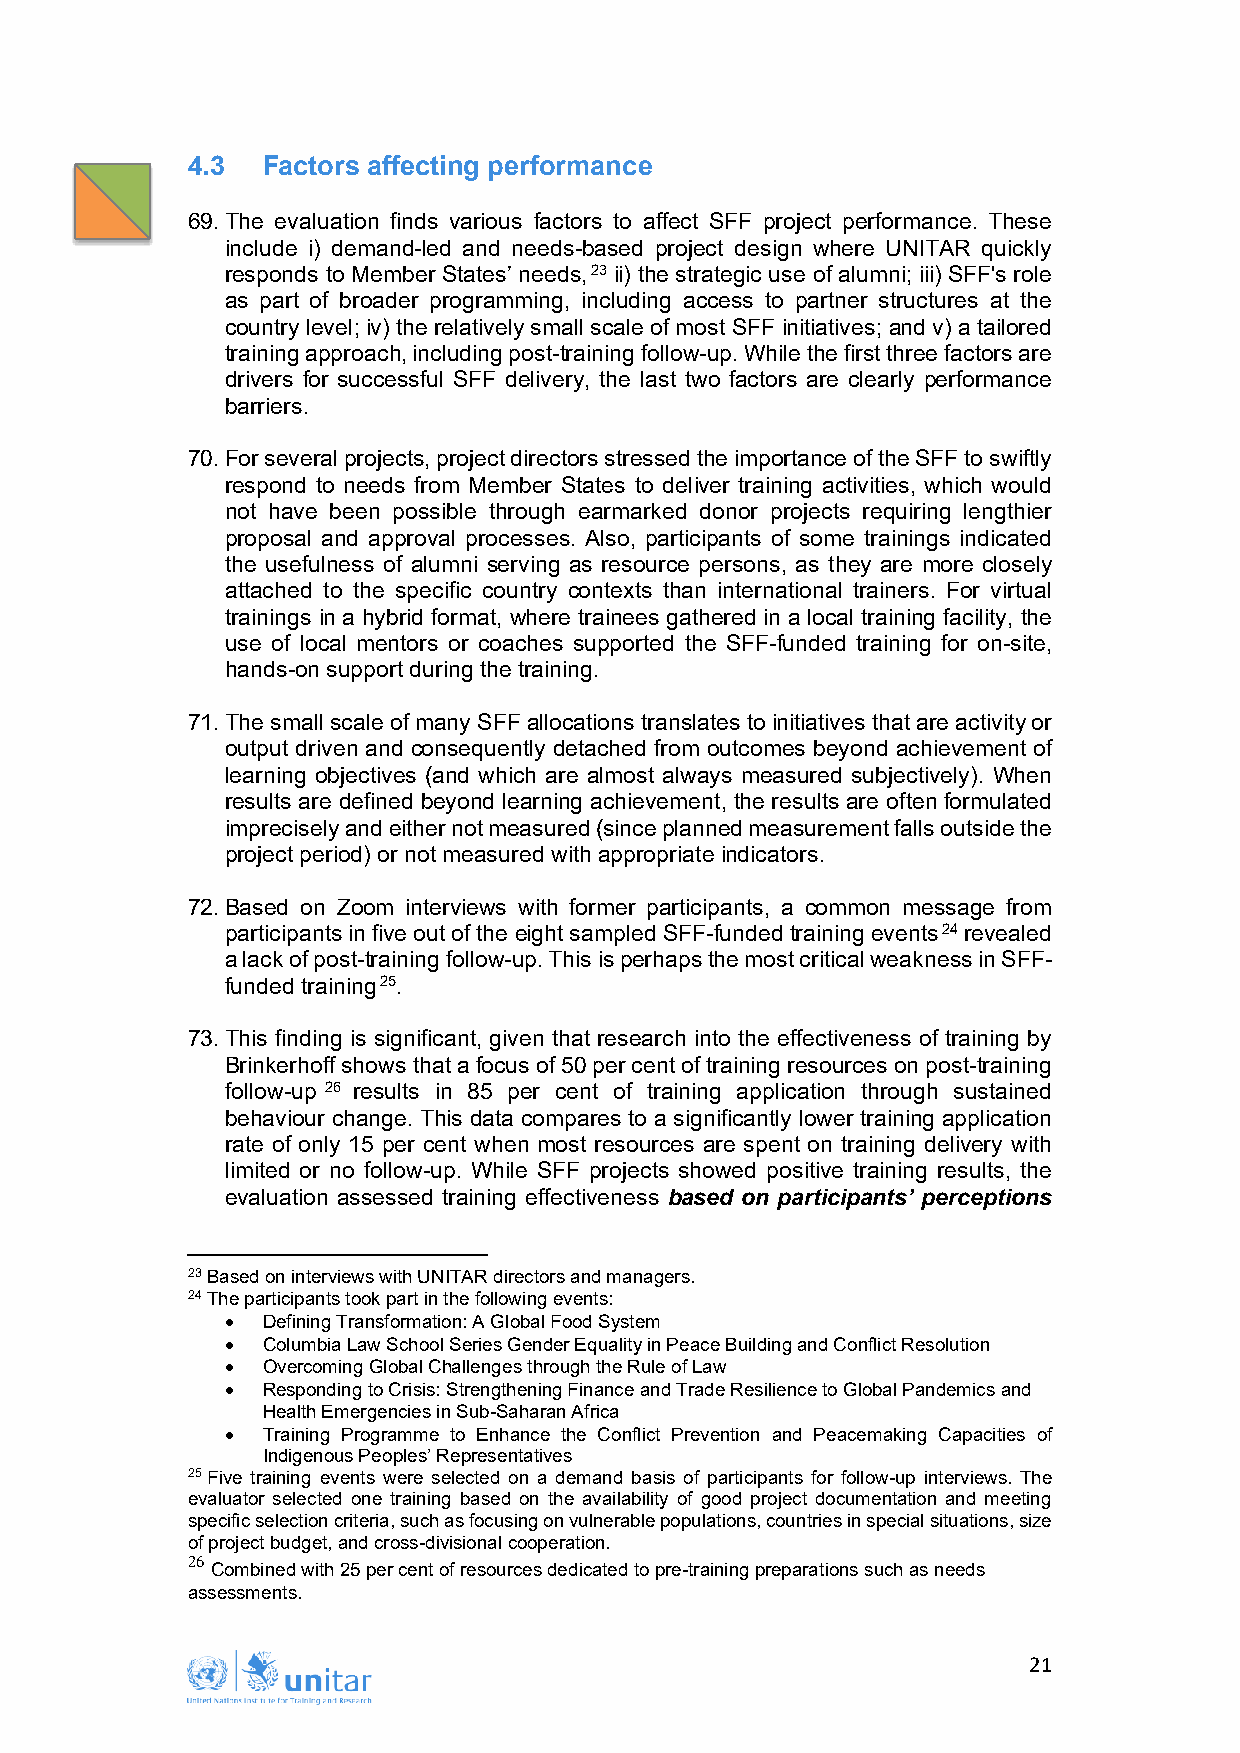
4.3  Factors affecting performance
 69. The evaluation finds various factors to affect SFF project performance. These
 include i) demand-led and needs-based project design where UNITAR quickly
 responds to Member States’ needs,23 ii) the strategic use of alumni; iii) SFF's role
 as part of broader programming, including access to partner structures at the
 country level; iv) the relatively small scale of most SFF initiatives; and v) a tailored
 training approach, including post-training follow-up. While the first three factors are
 drivers for successful SFF delivery, the last two factors are clearly performance
 barriers.
 70. For several projects, project directors stressed the importance of the SFF to swiftly
 respond to needs from Member States to deliver training activities, which would
 not have been possible through earmarked donor projects requiring lengthier
 proposal and approval processes. Also, participants of some trainings indicated
 the usefulness of alumni serving as resource persons, as they are more closely
 attached to the specific country contexts than international trainers. For virtual
 trainings in a hybrid format, where trainees gathered in a local training facility, the
 use of local mentors or coaches supported the SFF-funded training for on-site,
 hands-on support during the training.
 71. The small scale of many SFF allocations translates to initiatives that are activity or
 output driven and consequently detached from outcomes beyond achievement of
 learning objectives (and which are almost always measured subjectively). When
 results are defined beyond learning achievement, the results are often formulated
 imprecisely and either not measured (since planned measurement falls outside the
 project period) or not measured with appropriate indicators.
 72. Based on Zoom interviews with former participants, a common message from
 participants in five out of the eight sampled SFF-funded training events24 revealed
 a lack of post-training follow-up. This is perhaps the most critical weakness in SFF-
 funded training25.
 73. This finding is significant, given that research into the effectiveness of training by
 Brinkerhoff shows that a focus of 50 per cent of training resources on post-training
 follow-up 26 results in 85 per cent of training application through sustained
 behaviour change. This data compares to a significantly lower training application
 rate of only 15 per cent when most resources are spent on training delivery with
 limited or no follow-up. While SFF projects showed positive training results, the
 evaluation assessed training effectiveness based on participants’ perceptions
 23 Based on interviews with UNITAR directors and managers.
 24 The participants took part in the following events:
 • Defining Transformation: A Global Food System
 • Columbia Law School Series Gender Equality in Peace Building and Conflict Resolution
 • Overcoming Global Challenges through the Rule of Law
 • Responding to Crisis: Strengthening Finance and Trade Resilience to Global Pandemics and
 Health Emergencies in Sub-Saharan Africa
 • Training Programme to Enhance the Conflict Prevention and Peacemaking Capacities of
 Indigenous Peoples’ Representatives
 25 Five training events were selected on a demand basis of participants for follow-up interviews. The
 evaluator selected one training based on the availability of good project documentation and meeting
 specific selection criteria, such as focusing on vulnerable populations, countries in special situations, size
 of project budget, and cross-divisional cooperation.
 26
 Combined with 25 per cent of resources dedicated to pre-training preparations such as needs
 assessments.
 21